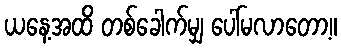
ယနေ့အထိ တစ်ခေါက်မျှ ပေါ်မလာတော့။